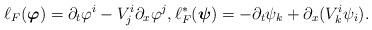
LaTeX: \begin{align*} \ell_F(\boldsymbol{\varphi}) = \partial_t\varphi^i -V^i_j\partial_x\varphi^j,\ell_F^*(\boldsymbol{\psi}) = -\partial_t\psi_k + \partial_x(V^i_k\psi_i).\end{align*}